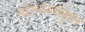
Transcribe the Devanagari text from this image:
मोल्सवर्थकृत